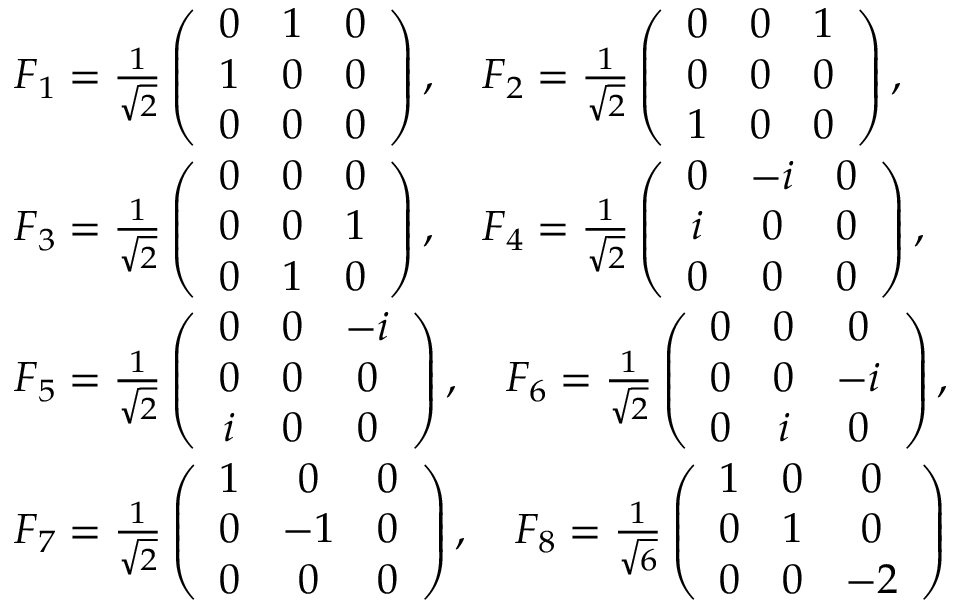
\begin{array} { r l } & { F _ { 1 } = \frac { 1 } { \sqrt { 2 } } \left( \begin{array} { c c c } { 0 } & { 1 } & { 0 } \\ { 1 } & { 0 } & { 0 } \\ { 0 } & { 0 } & { 0 } \end{array} \right) , \quad F _ { 2 } = \frac { 1 } { \sqrt { 2 } } \left( \begin{array} { c c c } { 0 } & { 0 } & { 1 } \\ { 0 } & { 0 } & { 0 } \\ { 1 } & { 0 } & { 0 } \end{array} \right) , } \\ & { F _ { 3 } = \frac { 1 } { \sqrt { 2 } } \left( \begin{array} { c c c } { 0 } & { 0 } & { 0 } \\ { 0 } & { 0 } & { 1 } \\ { 0 } & { 1 } & { 0 } \end{array} \right) , \quad F _ { 4 } = \frac { 1 } { \sqrt { 2 } } \left( \begin{array} { c c c } { 0 } & { - i } & { 0 } \\ { i } & { 0 } & { 0 } \\ { 0 } & { 0 } & { 0 } \end{array} \right) , } \\ & { F _ { 5 } = \frac { 1 } { \sqrt { 2 } } \left( \begin{array} { c c c } { 0 } & { 0 } & { - i } \\ { 0 } & { 0 } & { 0 } \\ { i } & { 0 } & { 0 } \end{array} \right) , \quad F _ { 6 } = \frac { 1 } { \sqrt { 2 } } \left( \begin{array} { c c c } { 0 } & { 0 } & { 0 } \\ { 0 } & { 0 } & { - i } \\ { 0 } & { i } & { 0 } \end{array} \right) , } \\ & { F _ { 7 } = \frac { 1 } { \sqrt { 2 } } \left( \begin{array} { c c c } { 1 } & { 0 } & { 0 } \\ { 0 } & { - 1 } & { 0 } \\ { 0 } & { 0 } & { 0 } \end{array} \right) , \quad F _ { 8 } = \frac { 1 } { \sqrt { 6 } } \left( \begin{array} { c c c } { 1 } & { 0 } & { 0 } \\ { 0 } & { 1 } & { 0 } \\ { 0 } & { 0 } & { - 2 } \end{array} \right) } \end{array}